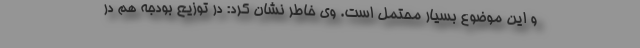
و این موضوع بسیار محتمل است. وی خاطر نشان کرد: در توزیع بودجه هم در